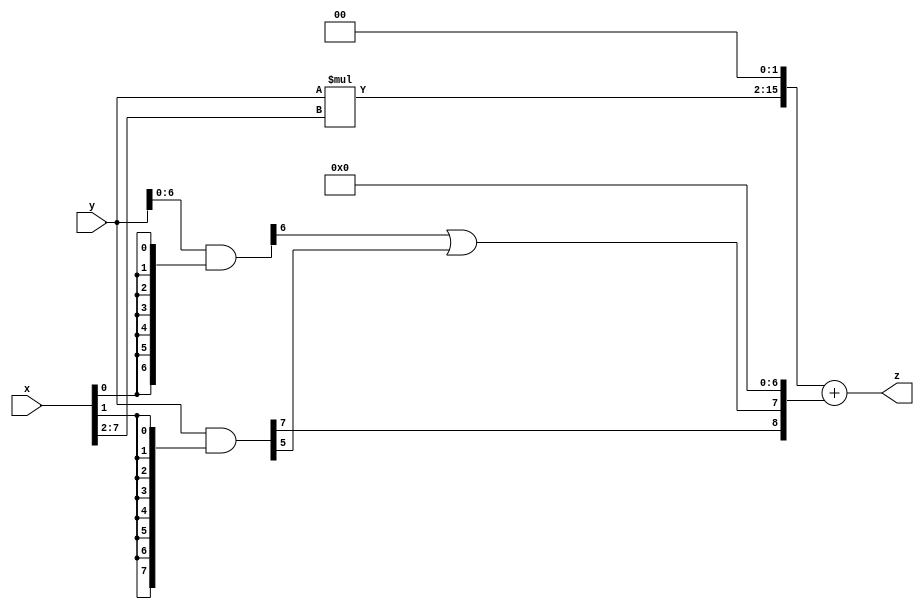
// terms: 2
// fval:  31571.25

module unsigned_exchange_8x8_l2_lamb9000_2 (
	input [7:0] x,
	input [7:0] y,
	output [15:0] z
);

wire [7:0] part1 =  y & {8{x[0]}};
wire [7:0] part2 =  y & {8{x[1]}};
wire [7:0] part3 =  y & {8{x[2]}};
wire [7:0] part4 =  y & {8{x[3]}};
wire [7:0] part5 =  y & {8{x[4]}};
wire [7:0] part6 =  y & {8{x[5]}};
wire [7:0] part7 =  y & {8{x[6]}};
wire [7:0] part8 =  y & {8{x[7]}};

wire [8:0] new_part1;
assign new_part1[0] = 0;
assign new_part1[1] = 0;
assign new_part1[2] = 0;
assign new_part1[3] = 0;
assign new_part1[4] = 0;
assign new_part1[5] = 0;
assign new_part1[6] = 0;
assign new_part1[7] = part1[6] | part2[5];
assign new_part1[8] = part2[7];

wire [13:0] tmp_z = y*x[7:2];

assign z = {tmp_z, 2'd 0} + new_part1;

endmodule